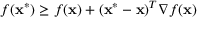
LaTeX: f ( \mathbf { x } ^ { * } ) \geq f ( \mathbf { x } ) + ( \mathbf { x } ^ { * } - \mathbf { x } ) ^ { T } \nabla f ( \mathbf { x } )